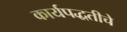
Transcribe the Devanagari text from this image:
कार्यपद्धतीचे